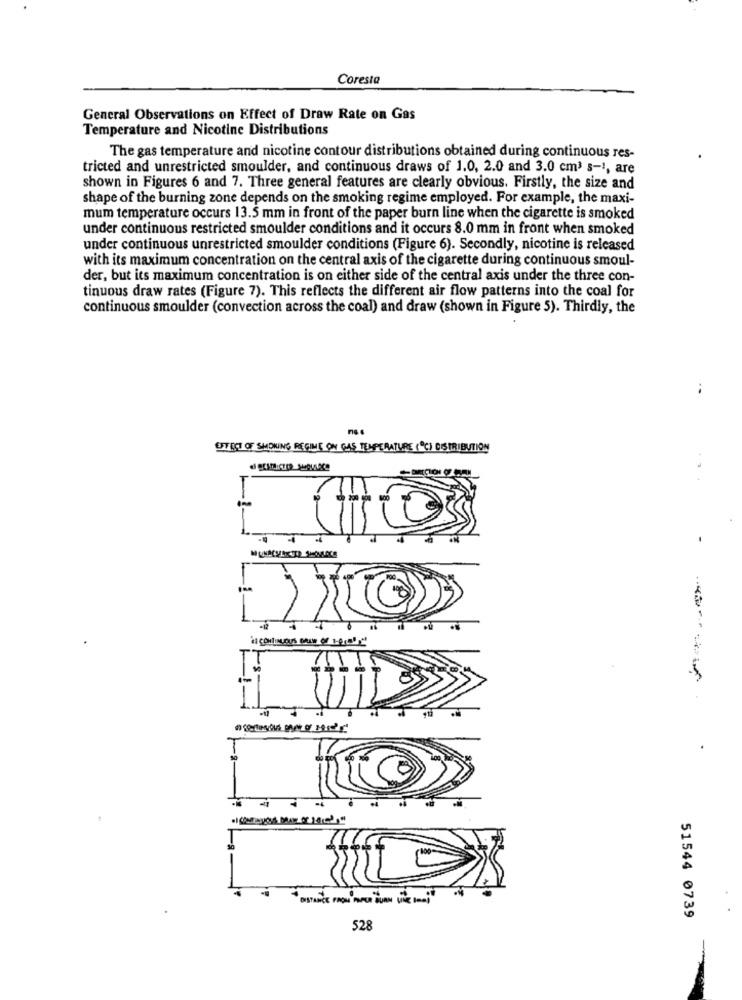
Coresta
General Observations on Effect of Draw Rate on Gas
Temperature and Nicotine Distributions
The gas temperature and nicotine contour distributions obtained during continuous res-
tricted and unrestricted smoulder, and continuous draws of 1.0, 2.0 and 3.0 cm3 s-1, are
shown in Figures 6 and 7. Three general features are clearly obvious. Firstly, the size and
shape of the burning zone depends on the smoking regime employed. For example, the maxi-
mum temperature occurs 13.5 mm in front of the paper burn line when the cigarette is smoked
under continuous restricted smoulder conditions and it occurs 8.0 mm in front when smoked
under continuous unrestricted smoulder conditions (Figure 6). Secondly, nicotine is released
with its maximum concentration on the central axis of the cigarette during continuous smoul-
der, but its maximum concentration is on either side of the central axis under the three con-
tinuous draw rates (Figure 7). This reflects the different air flow patterns into the coal for
continuous smoulder (convection across the coal) and draw (shown in Figure 5). Thirdly, the
..
OSTECT OF SMOKING REGIME ON GAS TEMPERATURE (C) DISTRIBUTION
.4
IT
.
51544 0739
528